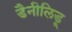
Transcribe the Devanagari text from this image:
डैनीलिडू